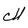
Character: M